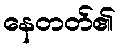
နေတတ်၏